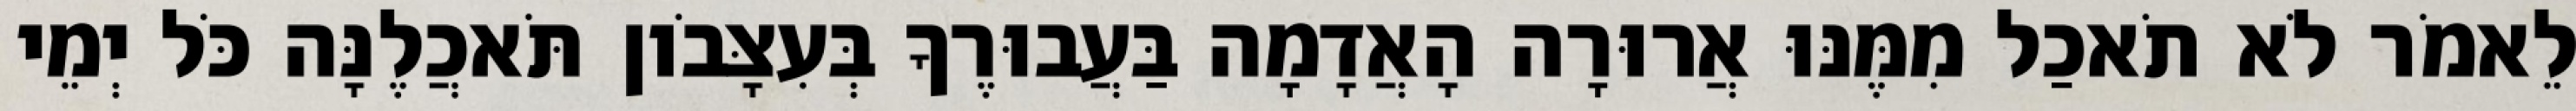
לֵאמֹר לֹא תֹאכַל מִמֶּנּוּ אֲרוּרָה הָאֲדָמָה בַּעֲבוּרֶךָ בְּעִצָּבֹון תֹּאכֲלֶנָּה כֹּל יְמֵי